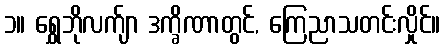
၁။ ရွှေဘိုလက်ျာ ဒက္ခိဏာတွင်, ကြေညာသတင်းလှိုင်။